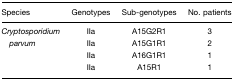
| Species | Genotypes | Sub-genotypes | No. patients |
 | --- | --- | --- | --- |
 | Cryptosporidium | IIa | A15G2R1 | 3 |
 | parvum | IIa | A15G1R1 | 2 |
 |  | IIa | A16G1R1 | 1 |
 |  | IIa | A15R1 | 1 |